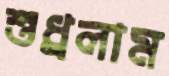
শুধ্‌রলাম